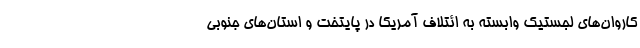
کاروان‌های لجستیک وابسته به ائتلاف آمریکا در پایتخت و استان‌های جنوبی